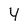
Character: 4